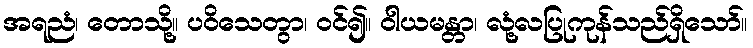
အရညံ၊ တောသို့။ ပဝိသေတွာ၊ ဝင်၍။ ဝါယမန္တာ၊ လုံ့လပြုကုန်သည်ရှိသော်။